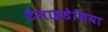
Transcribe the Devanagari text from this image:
टैनाइडेशिया